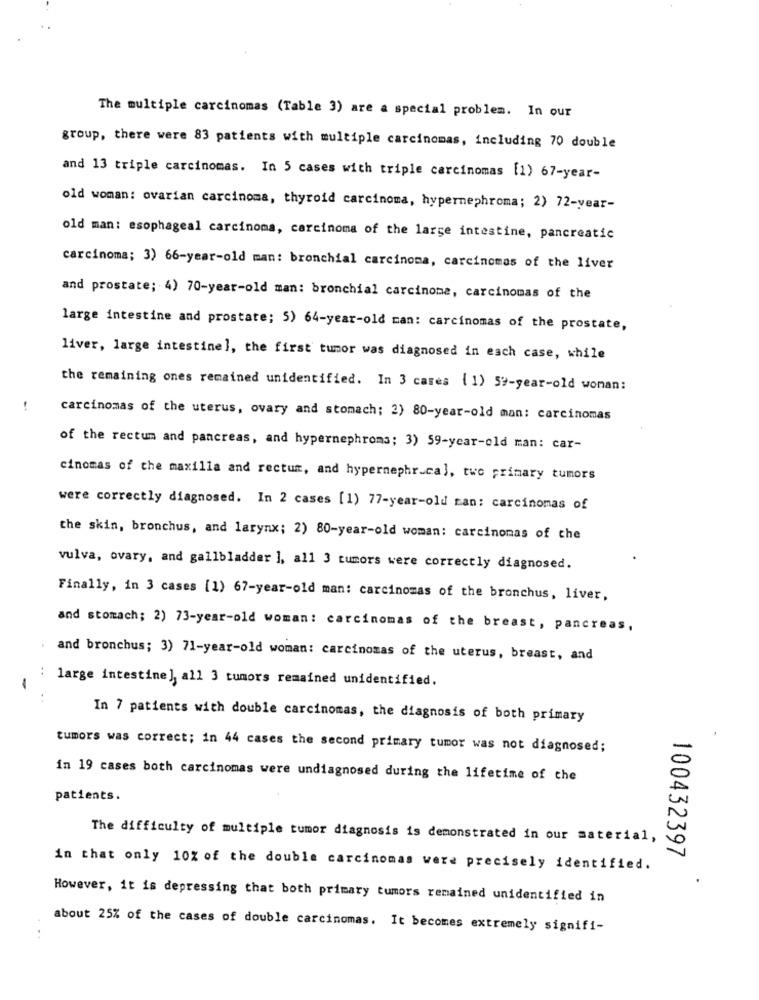
The multiple carcinomas (Table 3) are a special problem. In our
group, there were 83 patients with multiple carcinomas, including 70 double
and 13 triple carcinomas. In 5 cases with triple carcinomas [1) 67-year-
old woman: ovarian carcinoma, thyroid carcinoma, hypernephroma; 2) 72-year-
old man: esophageal carcinoma, carcinoma of the large intestine, pancreatic
carcinoma; 3) 66-year-old man: bronchial carcinoma, carcinomas of the liver
and prostate; 4) 70-year-old man: bronchial carcinome, carcinomas of the
large intestine and prostate; 5) 64-year-old man: carcinomas of the prostate,
liver, large intestine], the first tumor was diagnosed in each case, while
the remaining ones remained unidentified. In 3 cases (1) 5%-year-old woman:
carcinomas of the uterus, ovary and stomach; 2) 80-year-old man: carcinomas
of the rectum and pancreas, and hypernephroma; 3) 59-year-old man: car-
cinomas of the maxilla and rectum, and hypernephr.cal, two primary tumors
were correctly diagnosed. In 2 cases [1) 77-year-old man: carcinomas of
the skin, bronchus, and larynx; 2) 80-year-old woman: carcinomas of the
vulva, ovary, and gallbladder ], all 3 tumors were correctly diagnosed.
Finally, in 3 cases [1) 67-year-old man: carcinomas of the bronchus, liver,
and stomach; 2) 73-year-old woman: carcinomas of the breast, pancreas,
and bronchus; 3) 71-year-old woman: carcinomas of the uterus, breast, and
: large intestine ], all 3 tumors remained unidentified.
-
In 7 patients with double carcinomas, the diagnosis of both primary
tumors was correct; in 44 cases the second primary tumor was not diagnosed;
in 19 cases both carcinomas were undiagnosed during the lifetime of the
patients.
The difficulty of multiple tumor diagnosis is demonstrated in our material,
100432397
in that only 10% of the double carcinomas were precisely identified.
However, it is depressing that both primary tumors remained unidentified in
about 25% of the cases of double carcinomas. It becomes extremely signifi-